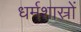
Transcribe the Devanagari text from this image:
धर्मशास्रों